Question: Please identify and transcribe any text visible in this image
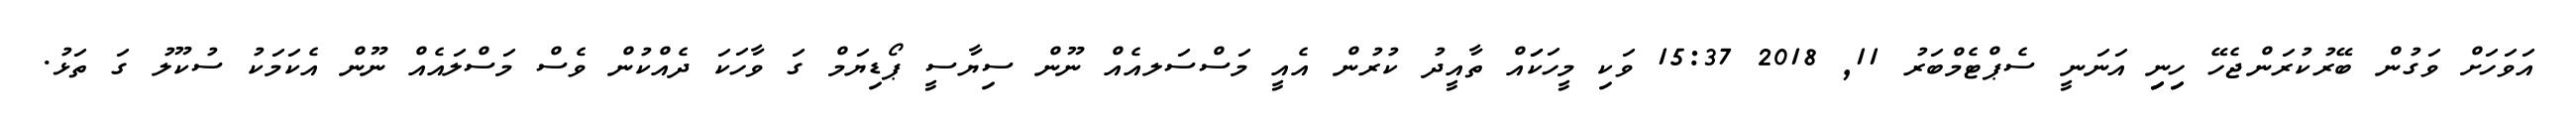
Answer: އަވަހަށް ވަގުން ބޭރުކުރަންޖެހޭ ހިިނިިި އަނަނީ ސެޕްޓެމްބަރު 11, 2018 15:37 ވަކި މީހަކަައް ތާއީދު ކުރުން އެއީ މަސްސަލއެއް ނޫން ސިޔާސީ ޕޯޑިޔަމް ގަ ވާހަކަ ދެއްކުން ވެސް މަސްލައެއް ނޫން އެކަމަކު ސުކޫލު ގަ ތަޅު.